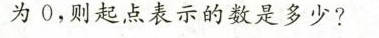
为0，则起点表示的数是多少?